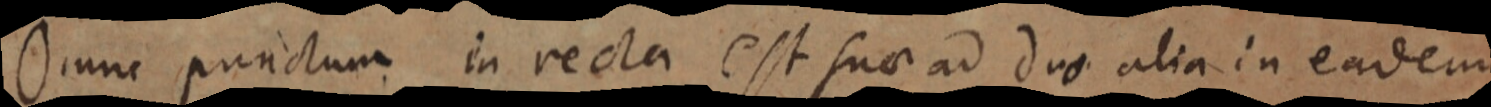
Omne punctum in recta est sua ad duo alia in eadem